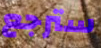
سترجع